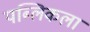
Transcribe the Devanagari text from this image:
पब्लिकला